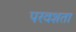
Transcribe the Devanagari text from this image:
परवशता